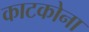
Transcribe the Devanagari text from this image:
काटकोना